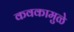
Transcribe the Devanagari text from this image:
कवकामुळे